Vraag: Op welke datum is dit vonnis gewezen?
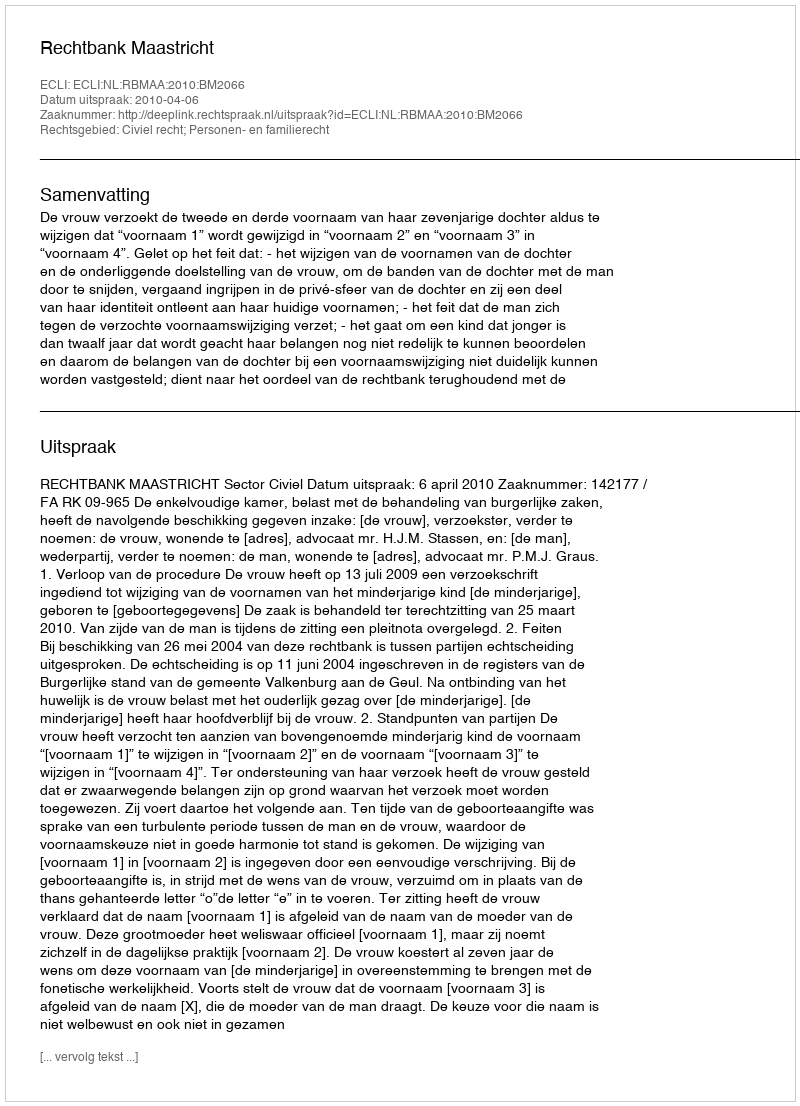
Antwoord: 2010-04-06